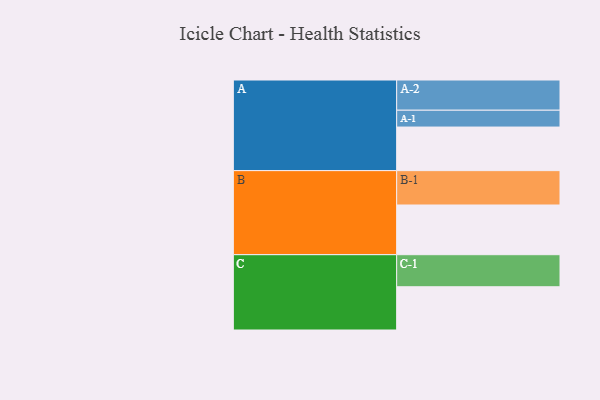
{"axis": {"x": "Segment", "y": "Value"}, "legend": ["", "A", "B", "C"], "data": [{"x": "A", "y": 378, "type": ""}, {"x": "B", "y": 431, "type": ""}, {"x": "C", "y": 375, "type": ""}, {"x": "A-1", "y": 146, "type": "A"}, {"x": "A-2", "y": 262, "type": "A"}, {"x": "B-1", "y": 298, "type": "B"}, {"x": "C-1", "y": 278, "type": "C"}]}